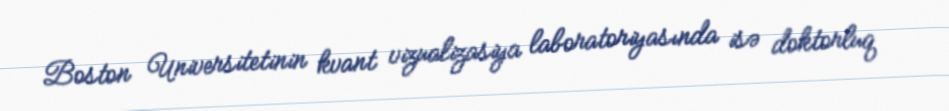
Boston Universitetinin kvant vizualizasiya laboratoriyasında isə doktorluq